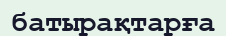
батырақтарға